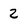
Character: 2